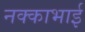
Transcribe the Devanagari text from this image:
नक्काभाई